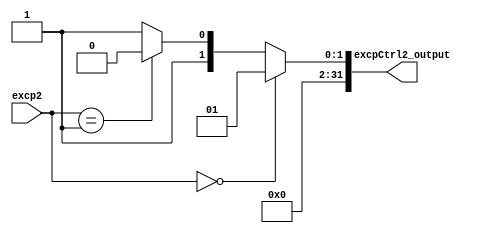
module excpCtrl2 (
    input wire [1:0] excp2,
    output wire [31:0] excpCtrl2_output
);

    assign excpCtrl2_output = excp2 == 2'b00 ? 32'd1 : excp2 == 2'b001 ? 32'd2 : 32'd3;

endmodule